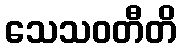
သေသဝတီတိ